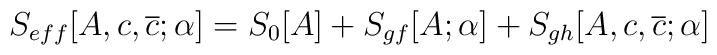
S_{eff}[A,c,\overline{c};\alpha ]=S_{0}[A]+S_{gf}[A;\alpha ]+S_{gh}[A,c,\overline{c};\alpha ]